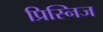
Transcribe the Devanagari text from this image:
प्रिस्निज